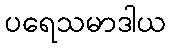
ပရေသမာဒါယ